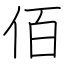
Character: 佰